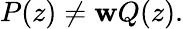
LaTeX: P(z)\neq\mathbf{w}Q(z).